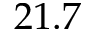
2 1 . 7